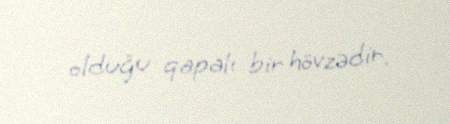
olduğu qapalı bir hövzədir.